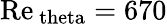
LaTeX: \mathrm{Re}_{\mathrm{\ theta}}=670